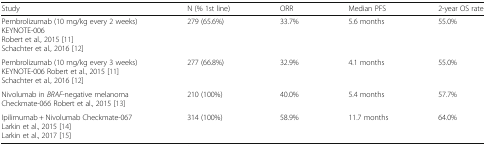
<table><thead><tr><td><b>Study</b></td><td><b>N (% 1st line)</b></td><td><b>ORR</b></td><td><b>Median PFS</b></td><td><b>2-year OS rate</b></td></tr></thead><tbody><tr><td>Pembrolizumab (10 mg/kg every 2 weeks)KEYNOTE-006Robert et al., 2015 [11]Schachter et al., 2016 [12]</td><td>279 (65.6%)</td><td>33.7%</td><td>5.6 months</td><td>55.0%</td></tr><tr><td>Pembrolizumab (10 mg/kg every 3 weeks)KEYNOTE-006 Robert et al., 2015 [11]Schachter et al., 2016 [12]</td><td>277 (66.8%)</td><td>32.9%</td><td>4.1 months</td><td>55.0%</td></tr><tr><td>Nivolumab in <i>BRAF</i>-negative melanoma Checkmate-066 Robert et al., 2015 [13]</td><td>210 (100%)</td><td>40.0%</td><td>5.4 months</td><td>57.7%</td></tr><tr><td>Ipilimumab + Nivolumab Checkmate-067 Larkin et al., 2015 [14]Larkin et al., 2017 [15]</td><td>314 (100%)</td><td>58.9%</td><td>11.7 months</td><td>64.0%</td></tr></tbody></table>